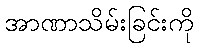
အာဏာသိမ်းခြင်းကို